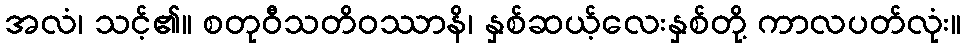
အလံ၊ သင့်၏။ စတုဝီသတိဝဿာနိ၊ နှစ်ဆယ့်လေးနှစ်တို့ ကာလပတ်လုံး။